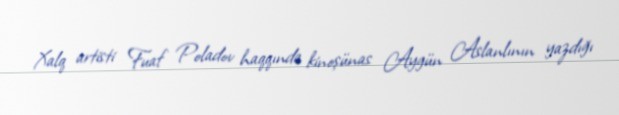
Xalq artisti Fuaf Poladov haqqında kinoşünas Aygün Aslanlının yazdığı